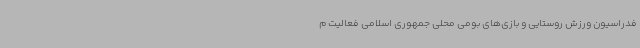
فدراسیون ورزش روستایی و بازی‌های بومی محلی جمهوری اسلامی فعالیت م